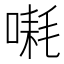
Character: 𪡱